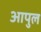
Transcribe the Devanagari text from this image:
आपुल